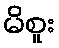
မိစူး